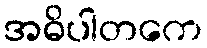
အဓိပါတကေ